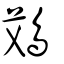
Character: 鴱